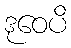
ဒုဝေပိ